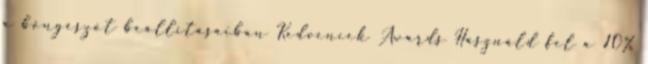
a böngészőt beállításaiban Kedvencek Awards Használd fel a 10%